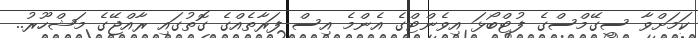
ކަމަށްވާ ސީގޭމްސްގެ ފުޓްބޯޅަ އިވެންޓްގެ އެންމެ އިސް ފަރާތެއްގެ ގޮތުގައި ރާއްޖޭގެ މަޝްހޫރު..